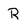
Character: R